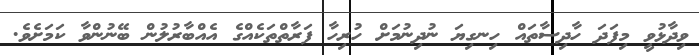
ވިދާޅުވީ މިފަދަ ހާދިސާތައް ހިނގިޔަ ނުދިނުމަށް ހުރިހާ ފަރާތްތަކެއްގެ އެއްބާރުލުން ބޭނުންވާ ކަމަށެވެ.